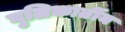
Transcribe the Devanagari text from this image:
गुलिकार्तीय